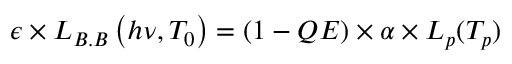
\epsilon \times L _ { B . B } \left( h \nu , T _ { 0 } \right) = \left( 1 - Q E \right) \times \alpha \times L _ { p } ( T _ { p } )